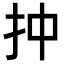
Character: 𢪠